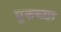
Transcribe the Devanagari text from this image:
पुरुच्या